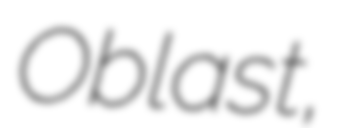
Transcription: Oblast,